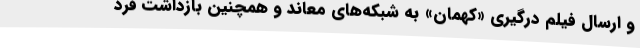
و ارسال فیلم درگیری «کهمان» به شبکه‌های معاند و همچنین بازداشت فرد